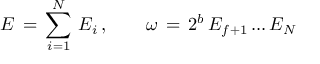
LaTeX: E \, = \, \sum _ { i = 1 } ^ { N } \, E _ { i } \, , \qquad \omega \, = \, 2 ^ { b } \, E _ { f + 1 } \, . . . \, E _ { N }